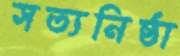
সত্যনিষ্ঠা